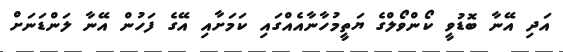
އަދި އޭނާ ބޮޑުވީ ކޯންވޯލްގެ ޔަތީމުހާނާއެއްގައި ކަމަށާއި އޭގެ ފަހުން އޭނާ ލަންޑަނަށް